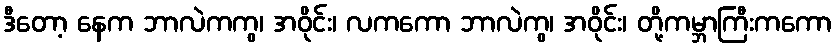
ဒီတော့ နေက ဘာလဲကကွ၊ အဝိုင်း၊ လကကော ဘာလဲကွ၊ အဝိုင်း၊ တို့ကမ္ဘာကြီးကကော